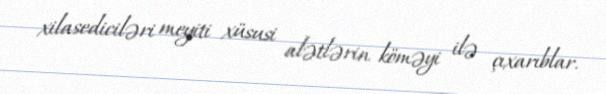
xilasediciləri meyiti xüsusi alətlərin köməyi ilə çıxarıblar.